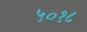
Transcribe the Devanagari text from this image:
५०१८